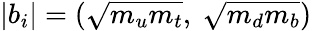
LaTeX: \left|b_{i}\right|=(\sqrt{m_{u}m_{t}},\ \sqrt{m_{d}m_{b}})